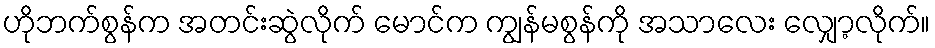
ဟိုဘက်စွန်က အတင်းဆွဲလိုက် မောင်က ကျွန်မစွန်ကို အသာလေး လျှော့လိုက်။